Civil Veterinary Dept. Bombay admin report 1932-41 - 1932-1941
Year: 1932
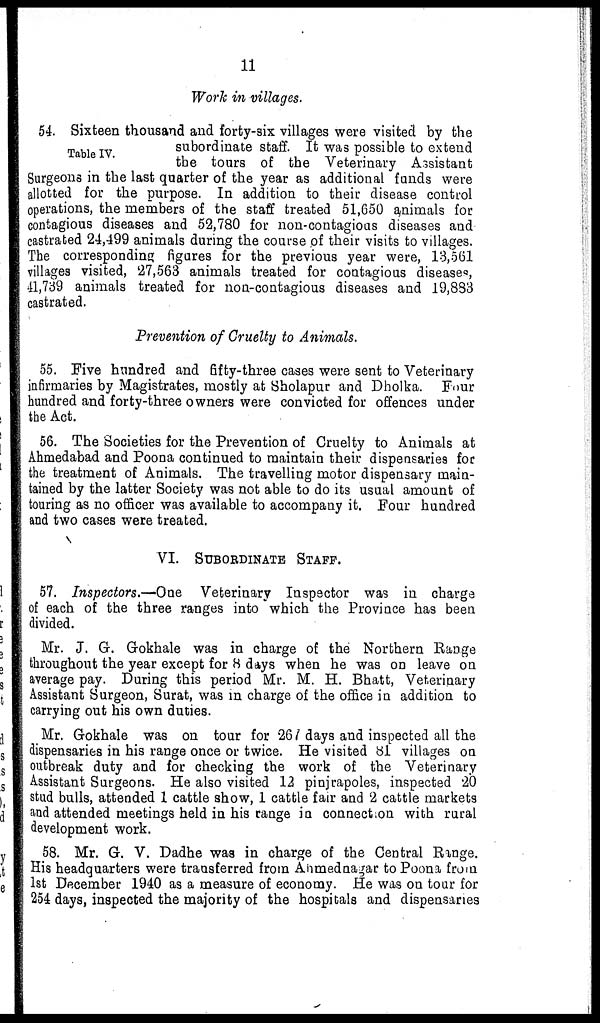
11
Work in villages.
Table IV.
54. Sixteen thousand and forty-six villages were visited by the
subordinate staff. It was possible to extend
the tours of the Veterinary Assistant
Surgeons in the last quarter of the year as additional funds were
allotted for the purpose. In addition to their disease control
operations, the members of the staff treated 51,650 animals for
contagious diseases and 52,780 for non-contagious diseases and
castrated 24,499 animals during the course of their visits to villages.
The corresponding figures for the previous year were, 13,561
villages visited, 27,563 animals treated for contagious diseases,
41,739 animals treated for non-contagious diseases and 19,883
castrated.
Prevention of Cruelty to Animals.
55. Five hundred and fifty-three cases were sent to Veterinary
infirmaries by Magistrates, mostly at Sholapur and Dholka. Four
hundred and forty-three owners were convicted for offences under
the Act.
56. The Societies for the Prevention of Cruelty to Animals at
Ahmedabad and Poona continued to maintain their dispensaries for
the treatment of Animals. The travelling motor dispensary main-
tained by the latter Society was not able to do its usual amount of
touring as no officer was available to accompany it. Four hundred
and two cases were treated.
VI. SUBORDINATE STAFF.
57. Inspectors.—One Veterinary Inspector was in charge
of each of the three ranges into which the Province has been
divided.
Mr. J. G. Gokhale was in charge of the Northern Range
throughout the year except for 8 days when he was on leave on
average pay. During this period Mr. M. H. Bhatt, Veterinary
Assistant Surgeon, Surat, was in charge of the office in addition to
carrying out his own duties.
Mr. Gokhale was on tour for 26/days and inspected all the
dispensaries in his range once or twice. He visited 81 villages on
outbreak duty and for checking the work of the Veterinary
Assistant Surgeons. He also visited 12 pinjrapoles, inspected 20
stud bulls, attended 1 cattle show, 1 cattle fair and 2 cattle markets
and attended meetings held in his range in connection with rural
development work.
58. Mr. G. V. Dadhe was in charge of the Central Range.
His headquarters were transferred from Ahmednagar to Poona from
1st December 1940 as a measure of economy. He was on tour for
254 days, inspected the majority of the hospitals and dispensaries